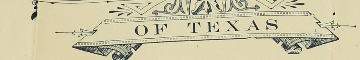
OF TEXAS